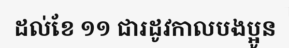
ដល់ខែ ១១ ជារដូវកាលបងប្អូន